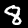
Digit: 8